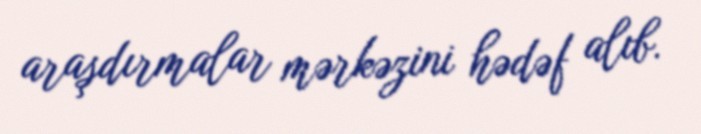
araşdırmalar mərkəzini hədəf alıb.